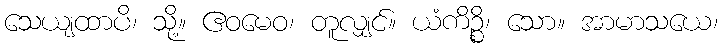
သေယျထာပိ၊ သို့။ ဧဝမေဝ၊ တူလျှင်။ ယံကိဉ္စိ၊ သော။ အာမာသယေ၊